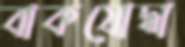
বাকযোদ্ধা